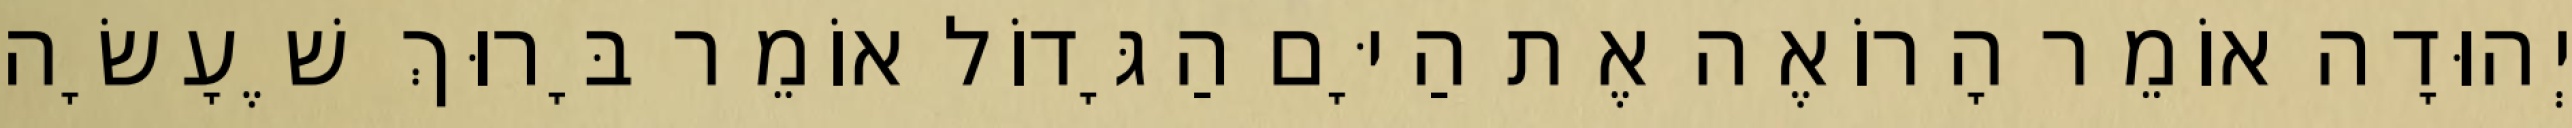
יְהוּדָה אוֹמֵר הָרוֹאֶה אֶת הַיָּם הַגָּדוֹל אוֹמֵר בָּרוּךְ שֶׁעָשָׂה